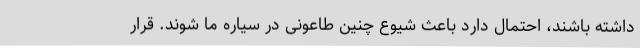
داشته باشند، احتمال دارد باعث شیوع چنین طاعونی در سیاره ما شوند. قرار